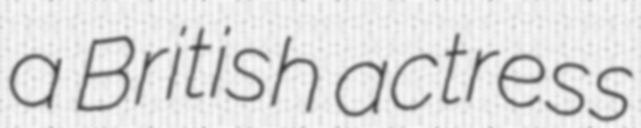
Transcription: a British actress